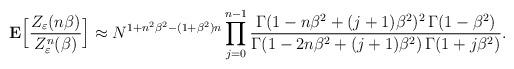
LaTeX: \begin{align*}{\bf E}\Bigl[\frac{Z_{\varepsilon}(n\beta)}{Z^n_{\varepsilon}(\beta)}\Bigr] \approx N^{1+n^2\beta^2-(1+\beta^2)n}\prod\limits_{j=0}^{n-1} \frac{\Gamma(1-n\beta^2+(j+1)\beta^2)^2 \,\Gamma(1-\beta^2)}{\Gamma(1-2n\beta^2+(j+1)\beta^2)\,\Gamma(1+j\beta^2)}.\end{align*}